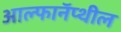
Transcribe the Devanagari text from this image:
आल्फानॅप्थील